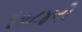
૧૯૮૪નો